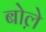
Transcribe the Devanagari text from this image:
बोले़